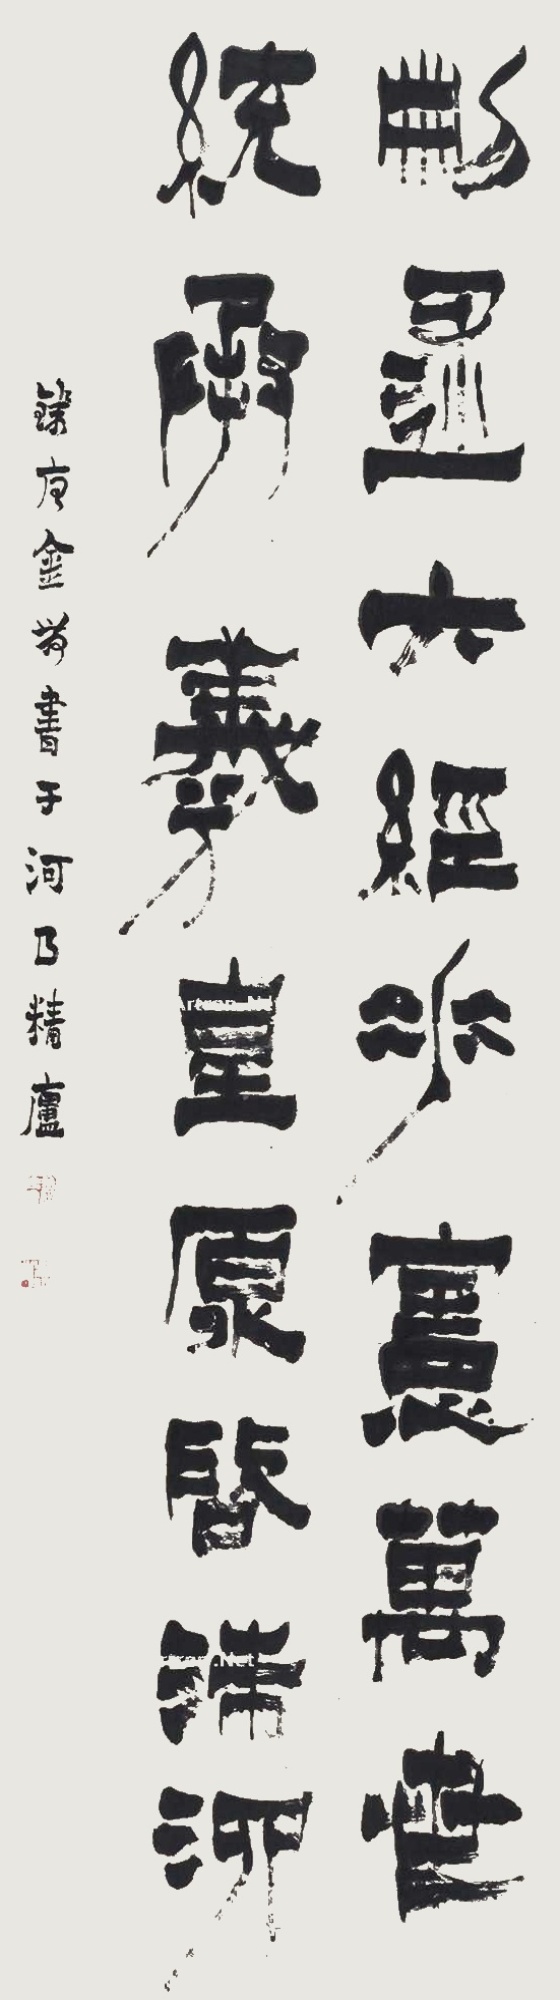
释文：删述六经，垂宪万世。统承羲皇，原启洙泗。钱唐金农书于河曲精庐。